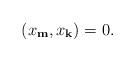
LaTeX: \begin{align*} (x_{\mathbf m},x_{\mathbf k}) =0 . \end{align*}